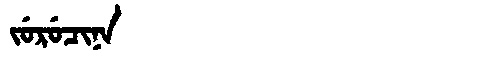
Manchu: ᠵᡠᡵᡠᠴᡳᠨᠠ
Romanization: JURUCINA